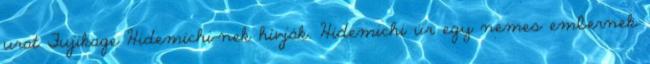
urat Fujikage Hidemichi-nek hívják. Hidemichi úr egy nemes embernek